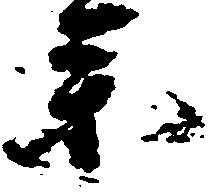
参